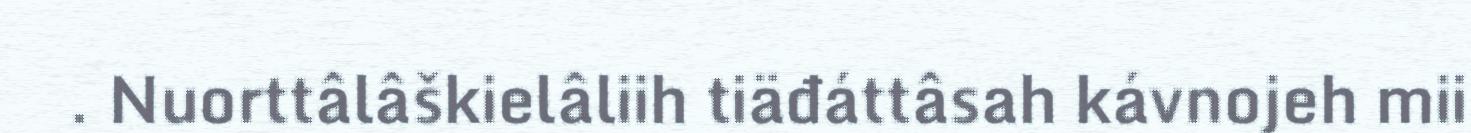
. Nuorttâlâškielâliih tiäđáttâsah kávnojeh mii